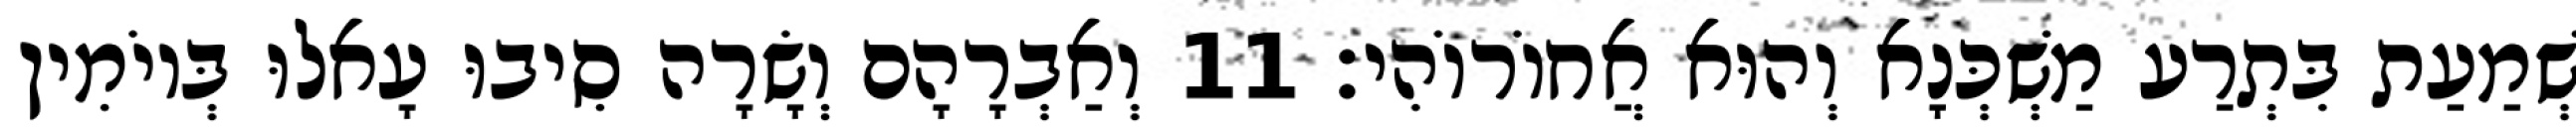
שְׁמַעַת בִּתְרַע מַשְׁכְּנָא וְהוּא אֲחוֹרוֹהִי׃ 11 וְאַבְרָהָם וְשָׂרָה סִיבוּ עָאלוּ בְּיוֹמִין